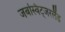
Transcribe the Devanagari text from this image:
जबस्विट्जरलैंड